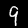
Digit: 9